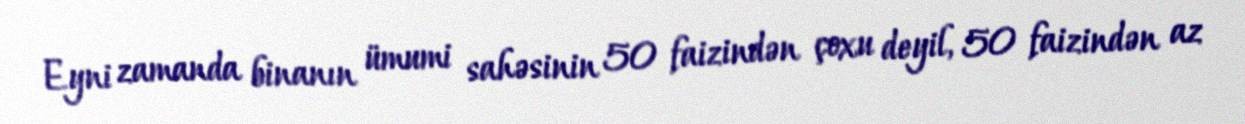
Eyni zamanda binanın ümumi sahəsinin 50 faizindən çoxu deyil, 50 faizindən az